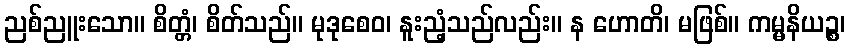
ညစ်ညူးသော။ စိတ္တံ၊ စိတ်သည်။ မုဒုစေဝ၊ နူးညံ့သည်လည်း။ န ဟောတိ၊ မဖြစ်။ ကမ္မနိယဉ္စ၊